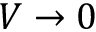
V \to 0